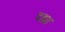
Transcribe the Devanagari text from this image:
दह्या